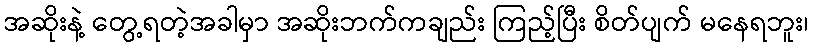
အဆိုးနဲ့ တွေ့ရတဲ့အခါမှာ အဆိုးဘက်ကချည်း ကြည့်ပြီး စိတ်ပျက် မနေရဘူး၊